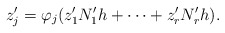
\begin{align*}z_j' = \varphi_j(z_1' N_1' h + \dotsb + z_r' N_r' h).\end{align*}